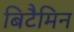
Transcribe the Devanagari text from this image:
बिटैमिन